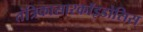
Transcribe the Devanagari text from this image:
तंत्रिकासारकॉइडोसिस